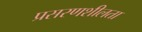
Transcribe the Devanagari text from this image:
प्रसरणशीलता